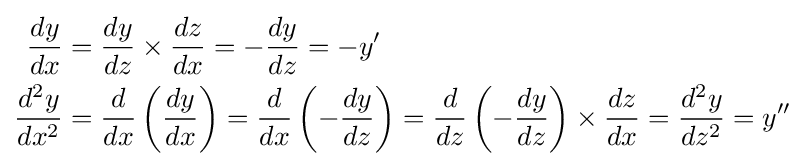
{\begin{aligned}{\frac {dy}{dx}}&={\frac {dy}{dz}}\times {\frac {dz}{dx}}=-{\frac {dy}{dz}}=-y'\\{\frac {d^{2}y}{dx^{2}}}&={\frac {d}{dx}}\left({\frac {dy}{dx}}\right)={\frac {d}{dx}}\left(-{\frac {dy}{dz}}\right)={\frac {d}{dz}}\left(-{\frac {dy}{dz}}\right)\times {\frac {dz}{dx}}={\frac {d^{2}y}{dz^{2}}}=y''\end{aligned}}